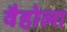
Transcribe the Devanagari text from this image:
वैहोला